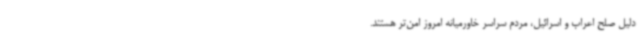
دلیل صلح اعراب و اسرائیل، مردم سراسر خاورمیانه امروز امن‌تر هستند.